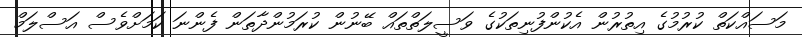
މަސައްކަތް ކުރުމުގެ އިތުރުން އެކުންފުނިތަކުގެ ވަސީލަތްތައް ބޭނުން ކުރަމުންދާތަން ފެންނަ ކަމަށްވެސް އަސްލަމް